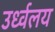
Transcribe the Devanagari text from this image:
उर्ध्वलय